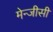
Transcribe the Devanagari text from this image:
मेन्जीसी